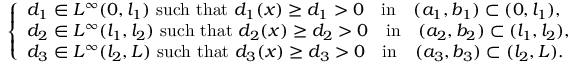
\left\{ \begin{array} { l } { d _ { 1 } \in L ^ { \infty } ( 0 , l _ { 1 } ) \ \mathrm { s u c h ~ t h a t } \ d _ { 1 } ( x ) \geq d _ { 1 } > 0 \quad \mathrm { i n } \quad ( a _ { 1 } , b _ { 1 } ) \subset ( 0 , l _ { 1 } ) , } \\ { d _ { 2 } \in L ^ { \infty } ( l _ { 1 } , l _ { 2 } ) \ \mathrm { s u c h ~ t h a t } \ d _ { 2 } ( x ) \geq d _ { 2 } > 0 \quad \mathrm { i n } \quad ( a _ { 2 } , b _ { 2 } ) \subset ( l _ { 1 } , l _ { 2 } ) , } \\ { d _ { 3 } \in L ^ { \infty } ( l _ { 2 } , L ) \ \mathrm { s u c h ~ t h a t } \ d _ { 3 } ( x ) \geq d _ { 3 } > 0 \quad \mathrm { i n } \quad ( a _ { 3 } , b _ { 3 } ) \subset ( l _ { 2 } , L ) . } \end{array} \right.